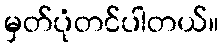
မှတ်ပုံတင်ပါတယ်။